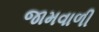
જામવાળી